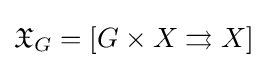
{\mathfrak {X}}_{G}=[G\times X\rightrightarrows X]